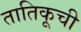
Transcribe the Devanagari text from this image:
तातिकूची